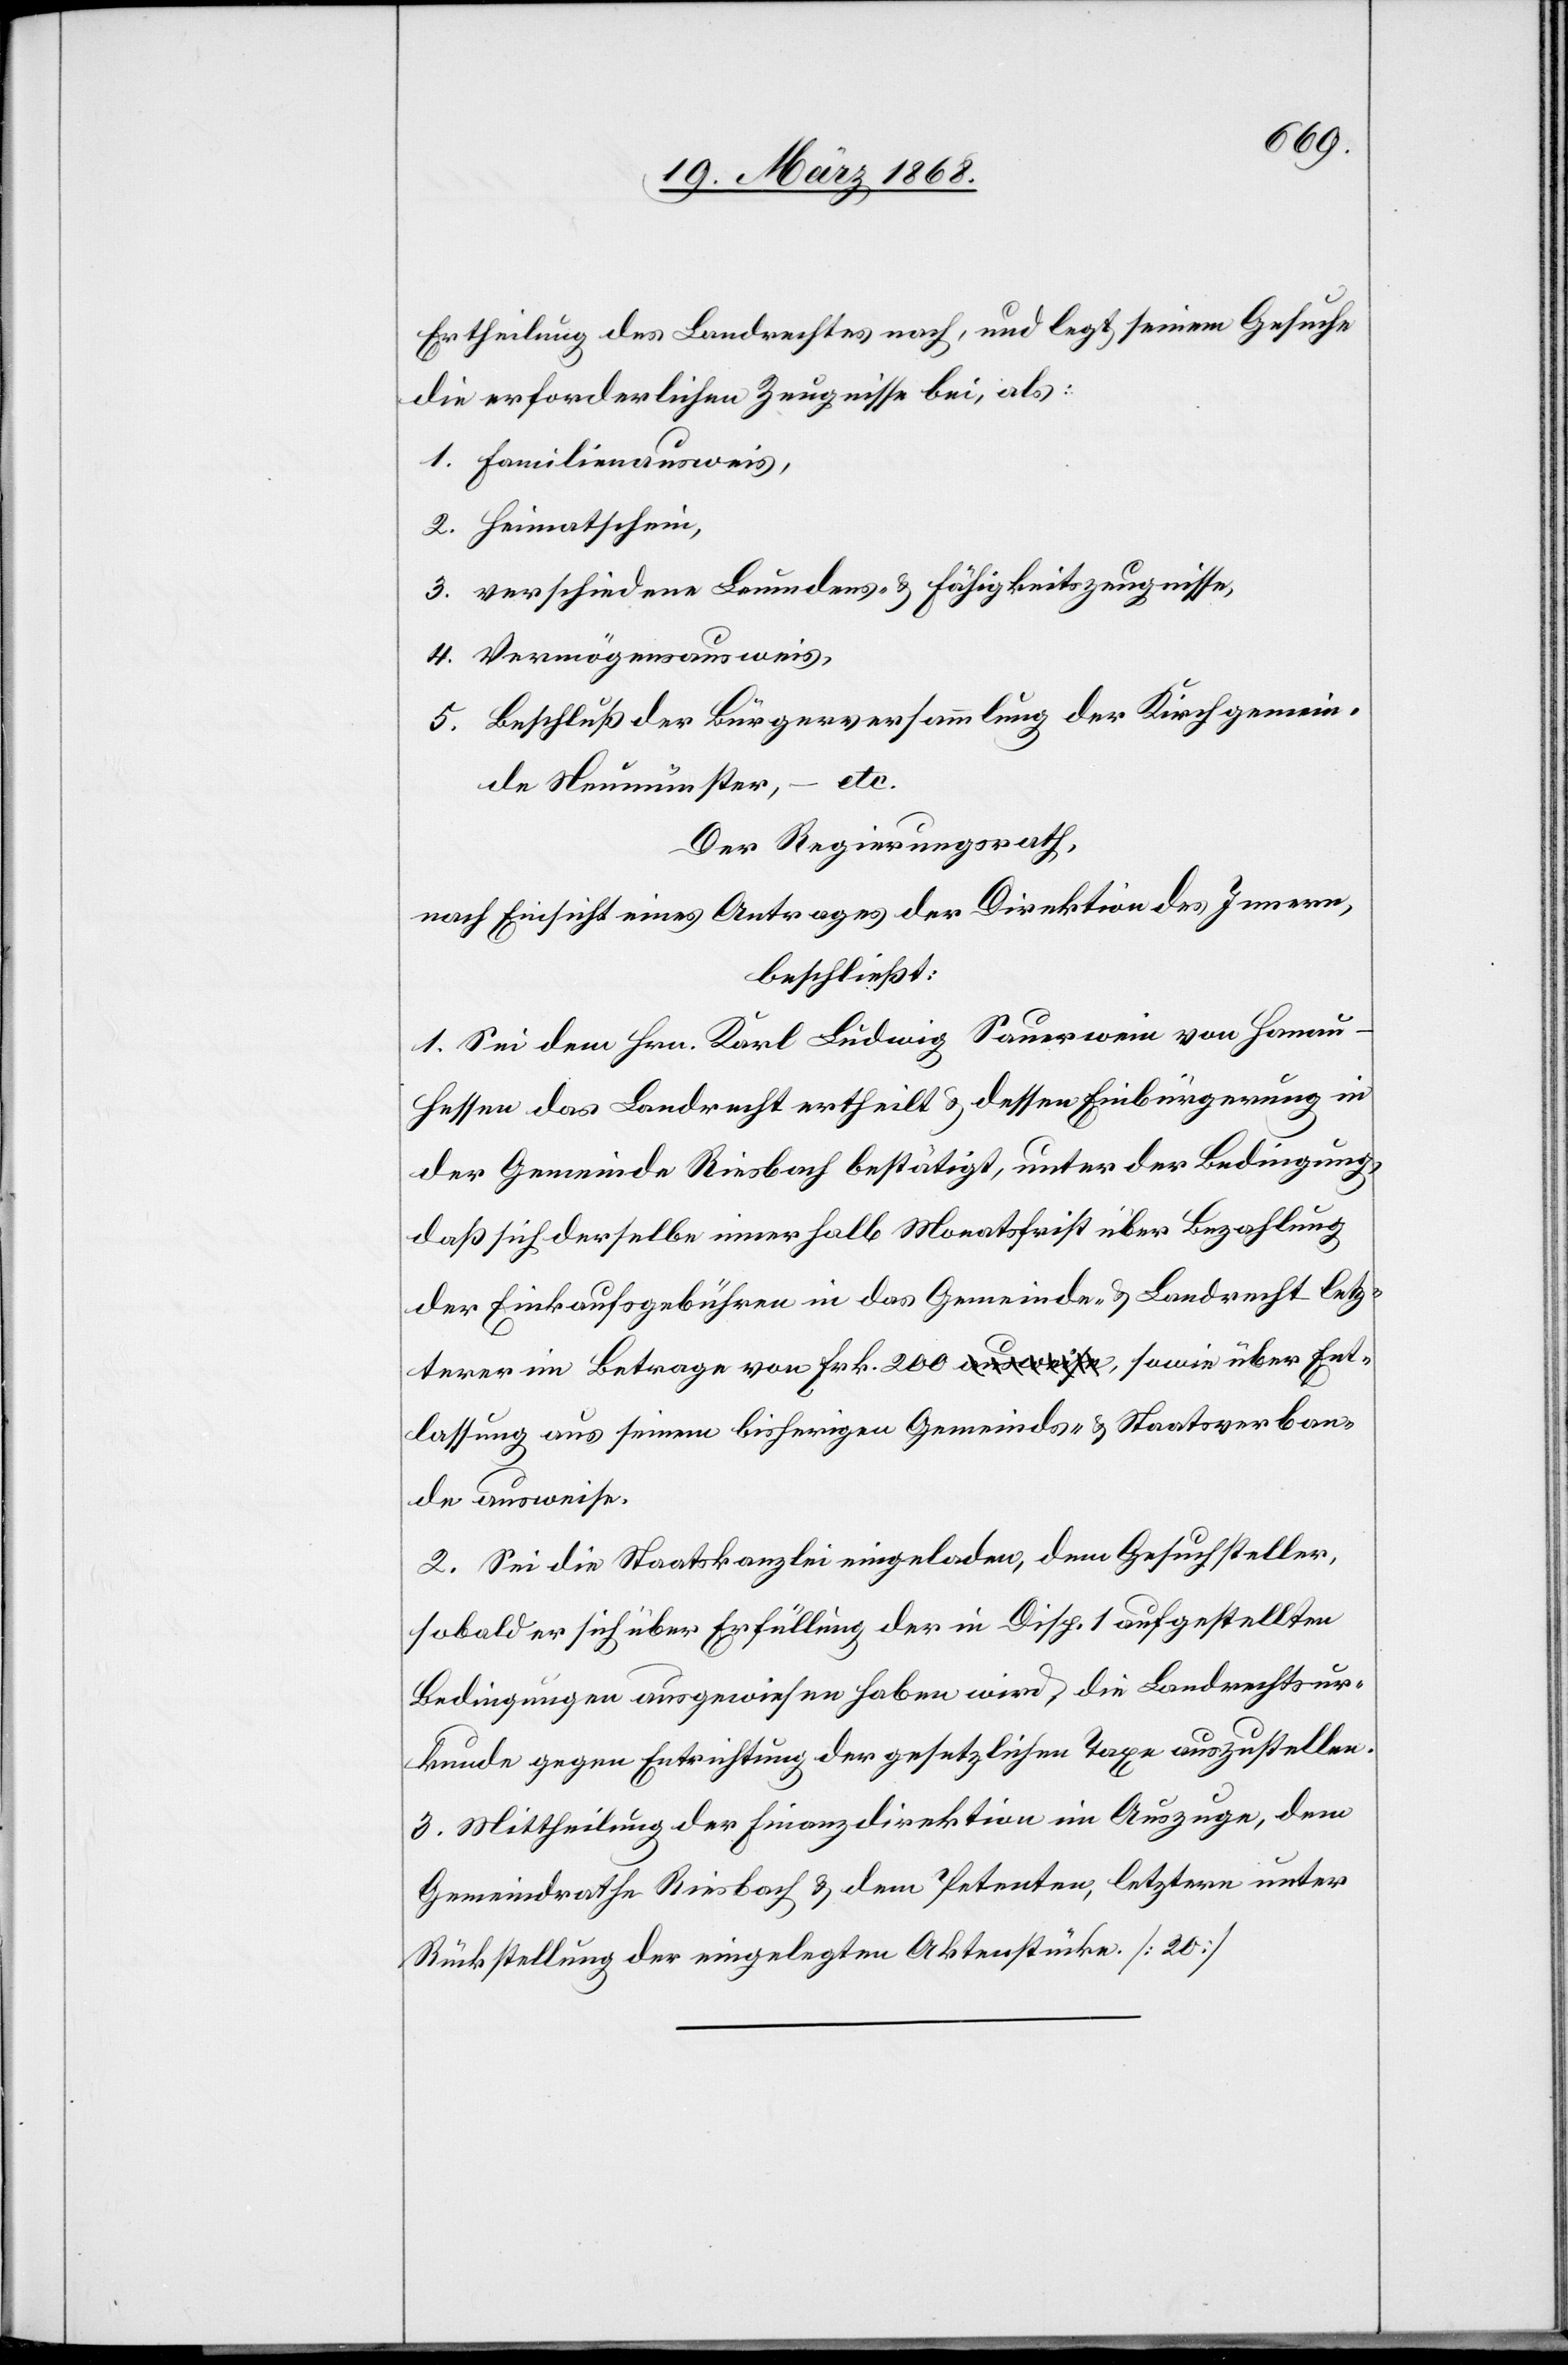
Ertheilung des Landrechtes nach, und legt seinem Gesuche
die erforderlichen Zeugnisse bei, als:
1. Familienausweis,
2. Heimatschein,
3. verschiedene Leumdens- & Fähigkeitszeugnisse,
4. Vermögensausweis,
5. Beschluß der Bürgerversammlung der Kirchgemein¬
etc.
de Neumünster,
Der Regierungsrath,
nach Einsicht eines Antrages der Direktion des Innern,
beschließt:
1. Sei dem Hrn. Karl Ludwig Sauerwein von Hanau-H¬
essen das Landrecht ertheilt & dessen Einbürgerung in
der Gemeinde Riesbach bestätigt, unter der Bedingung,
daß sich derselbe innerhalb Monatsfrist über Bezahlung
der Einkaufsgebühren in das Gemeinde- & Landrecht letz¬
terer im Betrage von Frk. 200 a-ausweise-a, sowie über Ent¬
lassung aus seinem bisherigen Gemeinds- & Staatsverban¬
de ausweise.
2. Sei die Staatskanzlei eingeladen, dem Gesuchsteller,
sobald er sich über Erfüllung der in Disp. 1 aufgestellten
Bedingungen ausgewiesen haben wird, die Landrechtsur¬
kunde gegen Entrichtung der gesetzlichen Taxe auszustellen.
3. Mittheilung der Finanzdirektion im Auszuge, dem
Gemeindrathe Riesbach & dem Petenten, letztern unter
Rückstellung der eingelegten Aktenstücke. [20]